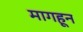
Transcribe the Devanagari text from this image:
मागहून